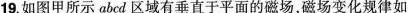
19. 如图甲所示abcd区域有垂直于平面的磁场，磁场变化规律如